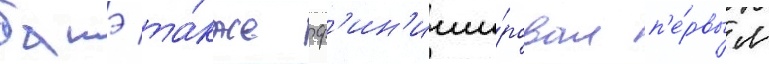
батэ та́кже ф'ин'иши́ровал п'е́рвым